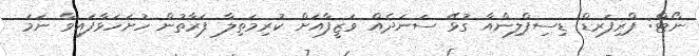
ނޯޓް: ޕްރިފަރޑް ޑިސިޕްލިންއާ ގުޅޭ ސަނަދެއް ވަޒީފާއަށް ކުރިމަތިލާ ފަރާތުން ހުށަހަޅާފައިވާ ނަމަ